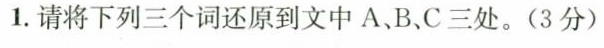
1.请将下列三个词还原到文中A、B、C三处。(3分)